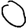
Digit: 0